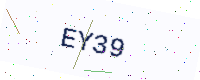
Text: EY39